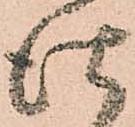
仕